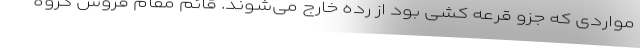
مواردی که جزو قرعه کشی بود از رده خارج می‌شوند. قائم مقام فروش گروه